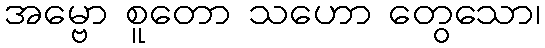
အမ္ဗော စူတော သဟော တွေသော၊